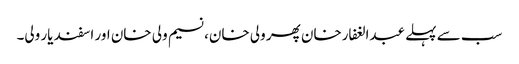
سب سے پہلے عبدالغفارخان پھر ولی خان، نسیم ولی خان اور اسفند یار ولی۔